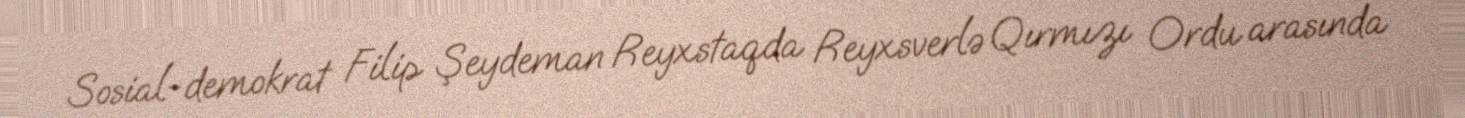
Sosial-demokrat Filip Şeydeman Reyxstaqda Reyxsverlə Qırmızı Ordu arasında